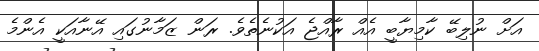
އަށް ނުލިބޭ ކާމިޔާބީ އެއް ރާއްޖެ އަކުނެތެވެ. ރަން ޒަމާނުގައި އޭނާއަކީ އެންމެ